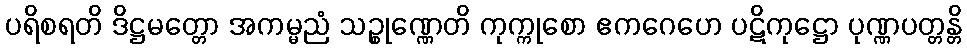
ပရိစရတိ ဒိဋ္ဌမတ္တော အကမ္မညံ သဉ္စုဏ္ဏေတိ ကုက္ကုစော ဧကဂေဟေ ပဋိကုဋ္ဌော ပုဏ္ဏပတ္တန္တိ